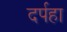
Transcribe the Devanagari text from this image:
दर्पहा